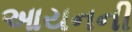
આયનની